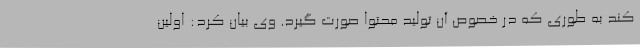
کند به طوری که در خصوص آن تولید محتوا صورت گیرد. وی بیان کرد: اولین